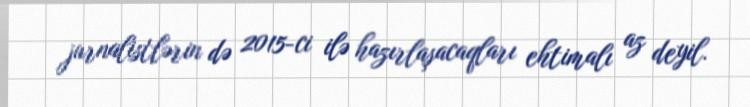
jurnalistlərin də 2015-ci ilə hazırlaşacaqları ehtimalı az deyil.